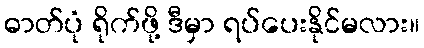
ဓာတ်ပုံ ရိုက်ဖို့ ဒီမှာ ရပ်ပေးနိုင်မလား။